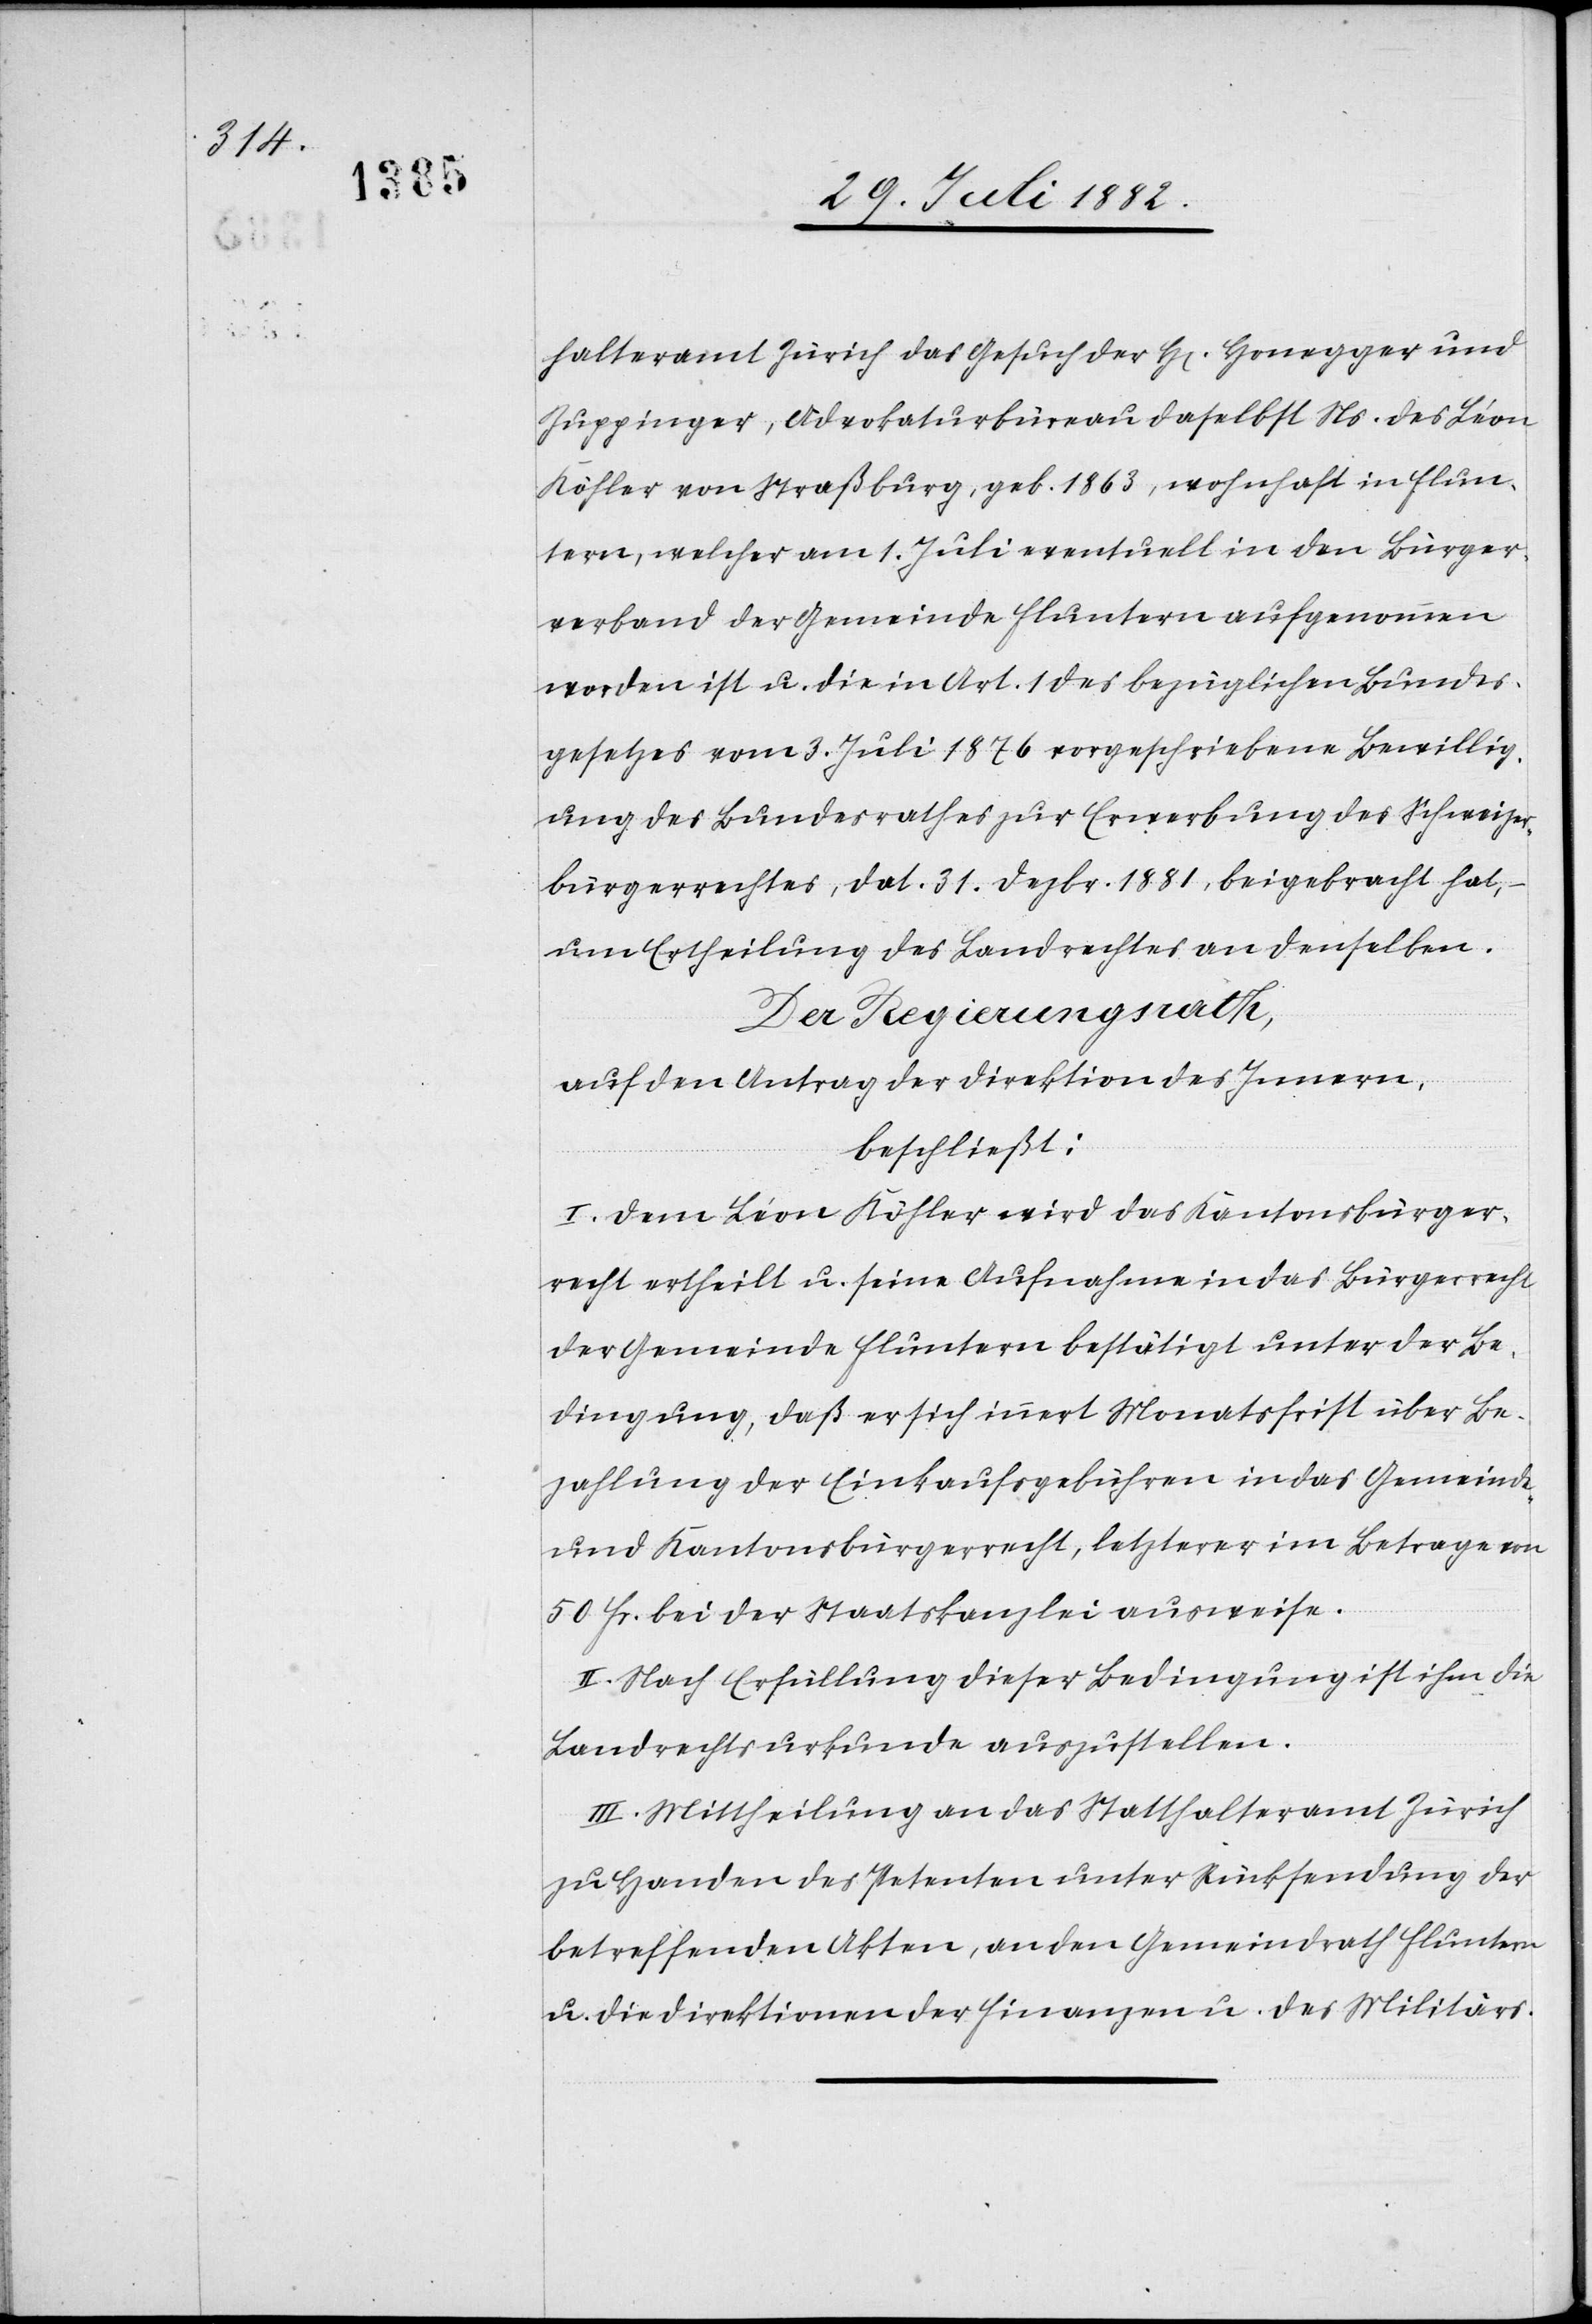
halteramt Zürich das Gesuch der H[en] Honegger und
Zuppinger, Advokaturbüreau daselbst Ns. des Léon
Köhler von Straßburg, geb. 1863, wohnhaft in Flun¬
tern, welcher am 1. Juli eventuell in den Bürger¬
verband der Gemeinde Fluntern aufgenommen
worden ist u. die in Art. 1 des bezüglichen Bundes¬
gesetzes vom 3. Juli 1876 vorgeschriebene Bewillig¬
ung des Bundesrathes zur Erwerbung des Schweizer¬
bürgerrechtes, dat. 31. Dezbr. 1881, beigebracht hat,
um Ertheilung des Landrechtes an denselben.
Der Regierungsrath,
auf den Antrag der Direktion des Innern,
beschließt:
I. Dem Léon Köhler wird das Kantonsbürger¬
recht ertheilt u. seine Aufnahme in das Bürgerrecht
der Gemeinde Fluntern bestätigt unter der Be¬
dingung, daß er sich innert Monatsfrist über Be¬
zahlung der Einkaufsgebühren in das Gemeinde-
und Kantonsbürgerrecht, letzterer im Betrage von
50 Fr. bei der Staatskanzlei ausweise.
II. Nach Erfüllung dieser Bedingung ist ihm die
Landrechtsurkunde auszustellen.
III. Mittheilung an das Statthalteramt Zürich
zu Handen des Petenten unter Rücksendung der
betreffenden Akten, an den Gemeindrath Fluntern
u. die Direktionen der Finanzen u. des Militärs.